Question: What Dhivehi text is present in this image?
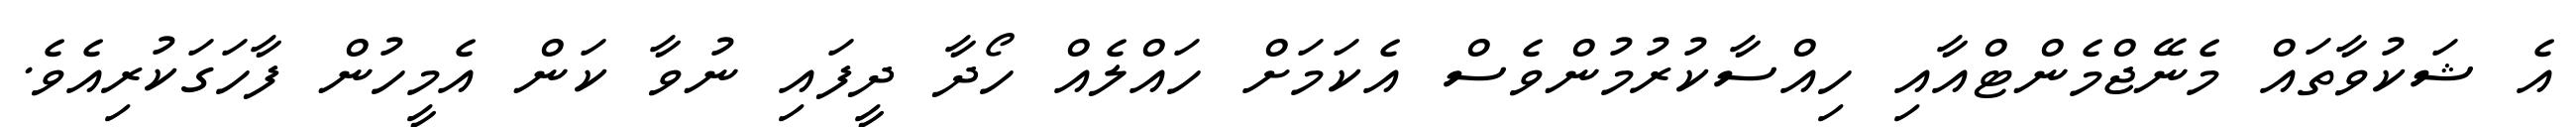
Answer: އެ ޝަކުވާތައް މެނޭޖްމެންޓްއާއި ހިއްސާކުރުމުންވެސް އެކަމަށް ހައްލެއް ހޯދާ ދީފައި ނުވާ ކަން އެމީހުން ފާހަގަކުރިއެވެ.